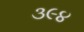
૩૯૪